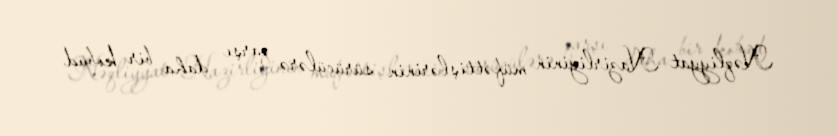
Nəqliyyat Nazirliyinin müfəttişlərinin sürücülərə qarşı daha bir kobud